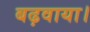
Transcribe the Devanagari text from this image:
बढ़वाया।